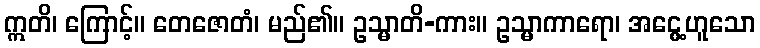
ဣတိ၊ ကြောင့်။ တေဇောတံ၊ မည်၏။ ဥသ္မာတိ-ကား။ ဥသ္မာကာရော၊ အငွေ့ဟူသော